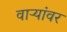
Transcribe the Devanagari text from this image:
वाऱ्यांवर